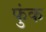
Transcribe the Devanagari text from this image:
फुंक